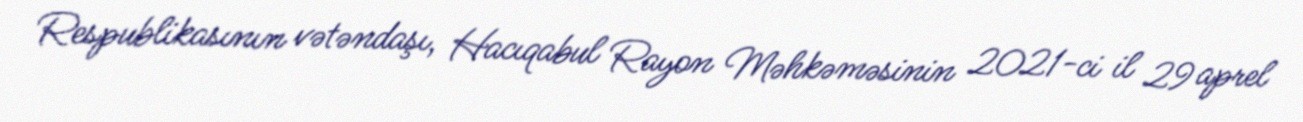
Respublikasının vətəndaşı, Hacıqabul Rayon Məhkəməsinin 2021-ci il 29 aprel